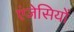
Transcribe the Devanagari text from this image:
एंजेसियों